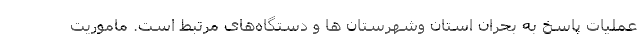
عملیات پاسخ به بحران استان وشهرستان ها و دستگاه‌های مرتبط است. ماموریت